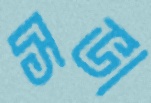
সভা